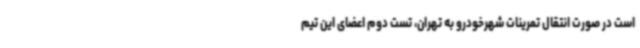
است در صورت انتقال تمرینات شهرخودرو به تهران، تست دوم اعضای این تیم